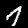
Digit: 7